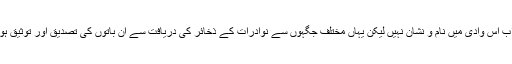
ان تمام کا اب اس وادی میں نام و نشان نہیں لیکن یہاں مختلف جگہوں سے نوادرات کے ذخائر کی دریافت سے ان باتوں کی تصدیق اور توثیق ہو جاتی ہے۔